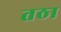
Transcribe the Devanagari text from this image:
तठा